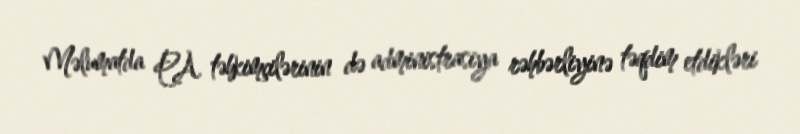
Məlumatda PA təhkimçilərinin də administrasiya rəhbərliyinə təqdim etdikləri